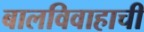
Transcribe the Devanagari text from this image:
बालविवाहाची